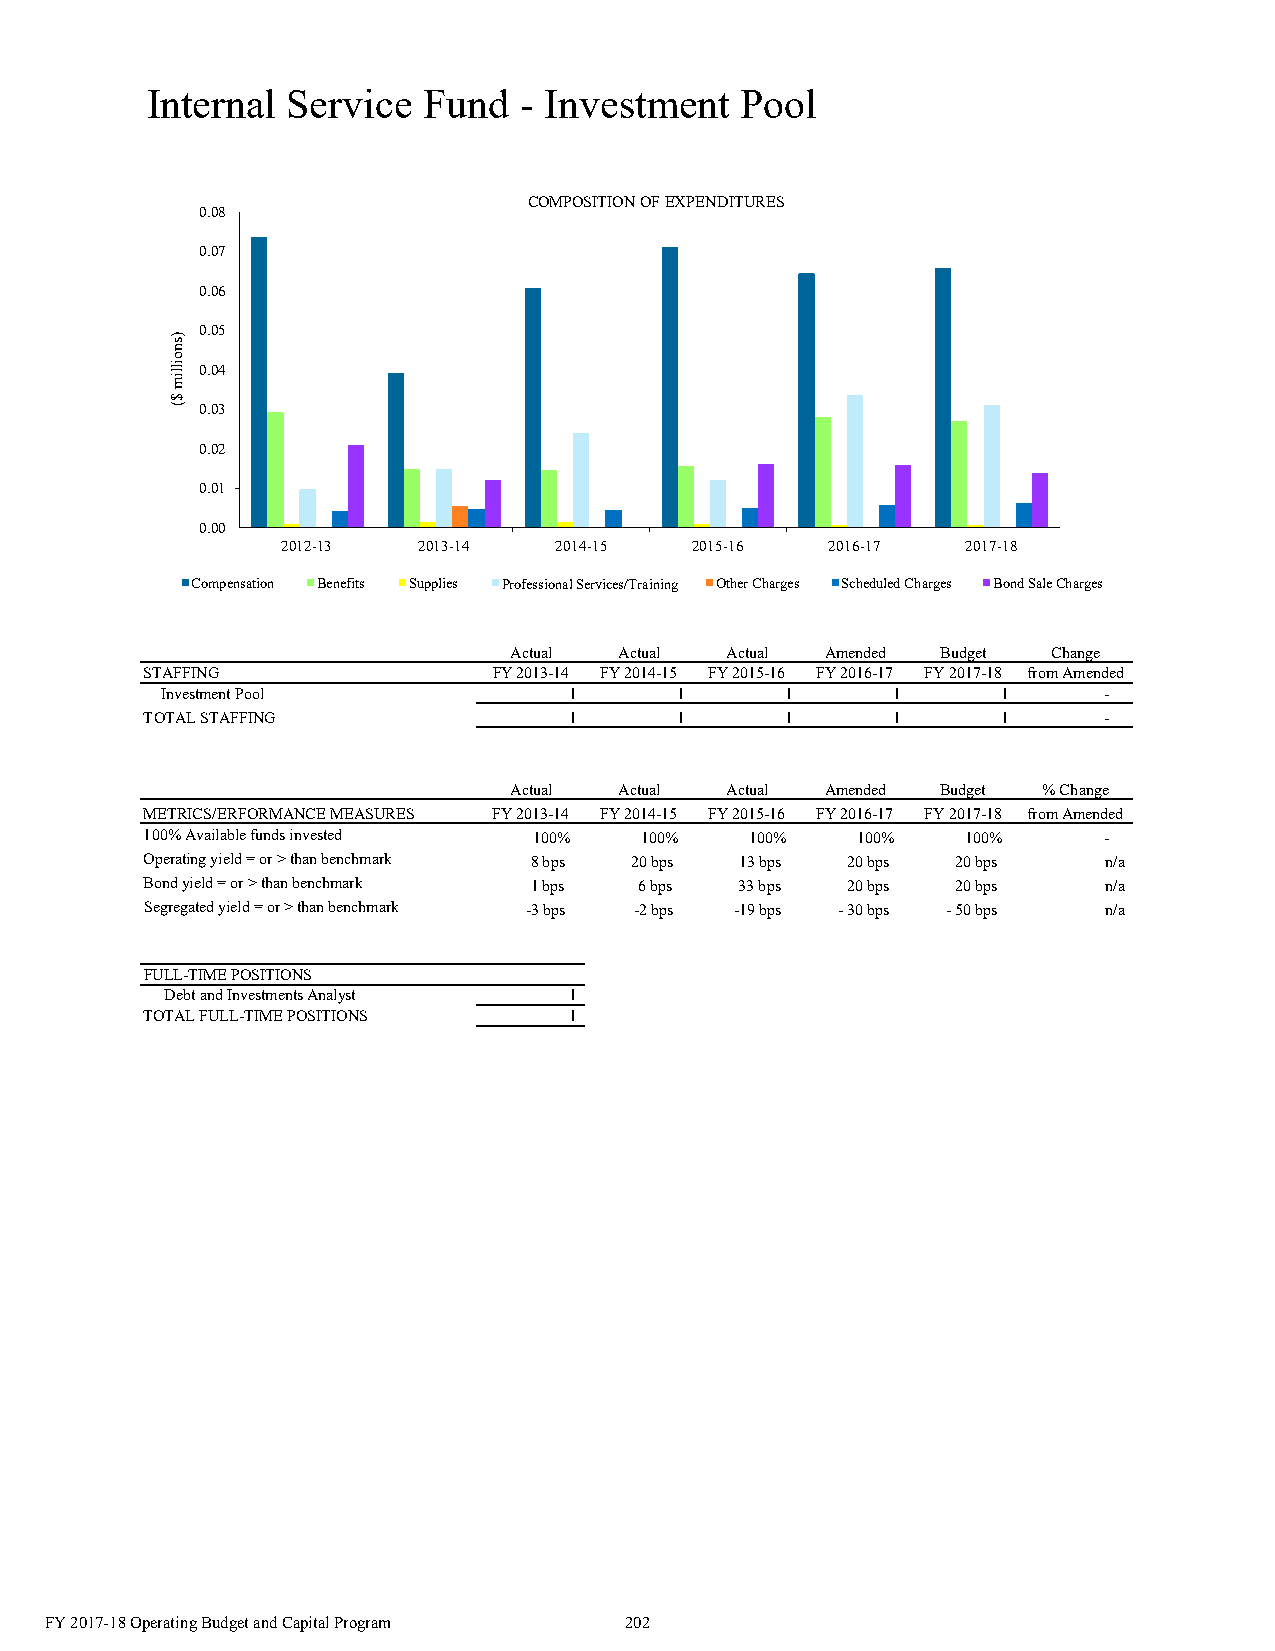
Internal Service  Fund  - Investment   Pool
 COMPOSITION OF EXPENDITURES
 0.08
 0.07
 0.06
 0.05
 0.04
 0.03
 0.02
 0.01
 0.00
 2012-13  2013-14  2014-15  2015-16  2016-17  2017-18
 Compensation Benefits Supplies Professional Services/Training Other Charges Scheduled Charges Bond Sale Charges
 Actual Actual Actual Amended Budget Change
 STAFFING               FY 2013-14 FY 2014-15 FY 2015-16 FY 2016-17 FY 2017-18 from Amended
 Investment Pool            1      1      1      1      1      -
 TOTAL STAFFING              1      1      1      1      1      -
 Actual Actual Actual Amended Budget % Change
 METRICS/ERFORMANCE MEASURES FY 2013-14 FY 2014-15 FY 2015-16 FY 2016-17 FY 2017-18 from Amended
 100% Available funds invested 100% 100% 100%   100%   100%     -
 Operating yield = or > than benchmark 8 bps 20 bps 13 bps 20 bps 20 bps n/a
 Bond yield = or > than benchmark 1 bps 6 bps 33 bps 20 bps 20 bps n/a
 Segregated yield = or > than benchmark -3 bps -2 bps -19 bps - 30 bps - 50 bps n/a
 FULL-TIME POSITIONS
 Debt and Investments Analyst 1
 TOTAL FULL-TIME POSITIONS   1
 FY 2017-18 Operating Budget and Capital Program 202
 )snoillim
 $(